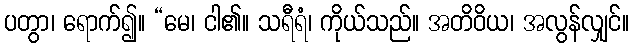
ပတွာ၊ ရောက်၍။ “မေ၊ ငါ၏။ သရီရံ၊ ကိုယ်သည်။ အတိဝိယ၊ အလွန်လျှင်။